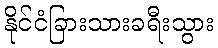
နိုင်ငံခြားသားခရီးသွား